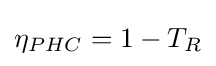
\eta _{PHC}=1-T_{R}